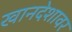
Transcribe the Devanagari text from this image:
खानदेशावर